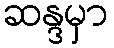
ဆန္ဒမှာ